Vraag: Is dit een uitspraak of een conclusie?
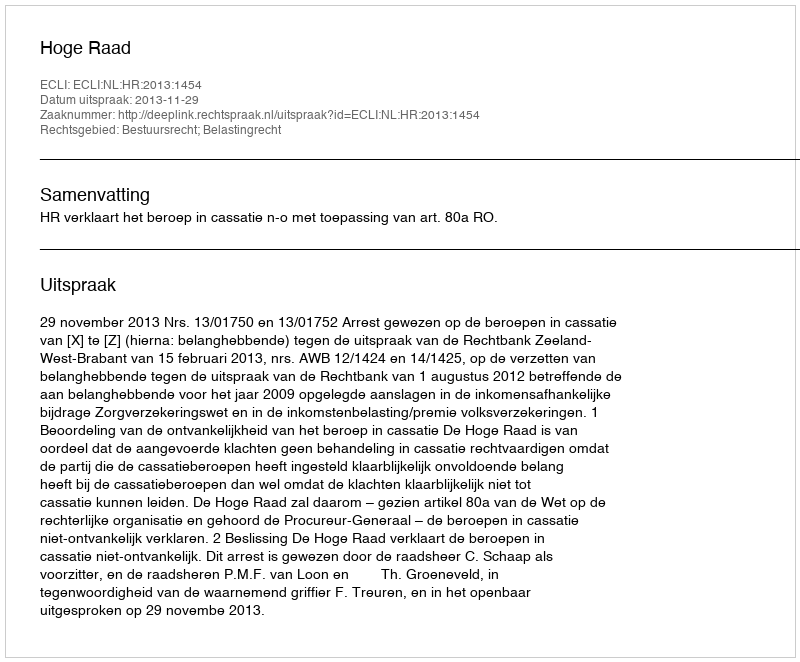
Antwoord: Uitspraak